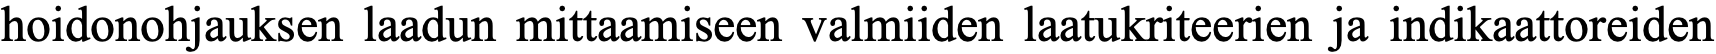
hoidonohjauksen laadun mittaamiseen valmiiden laatukriteerien ja indikaattoreiden